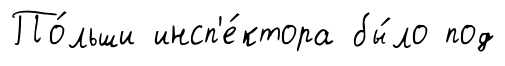
По́льши инсп'е́ктора бы́ло под